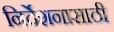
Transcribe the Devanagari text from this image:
निर्देशनासाठी